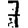
Digit: 7